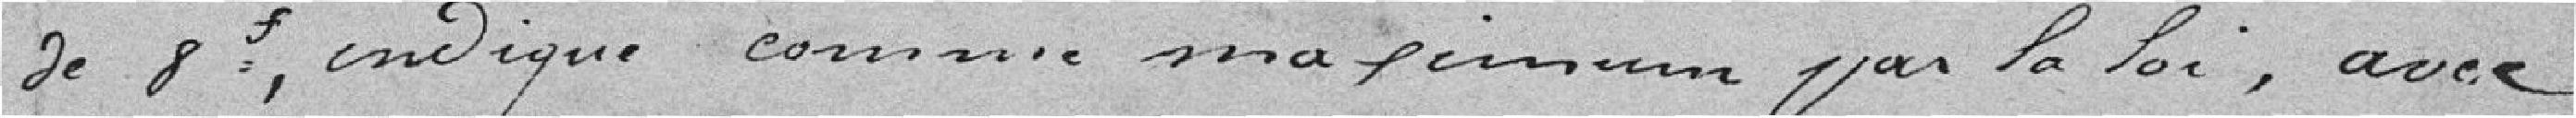
de 8 f, indiqué comme maximum par la loi, avec